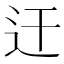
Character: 迀